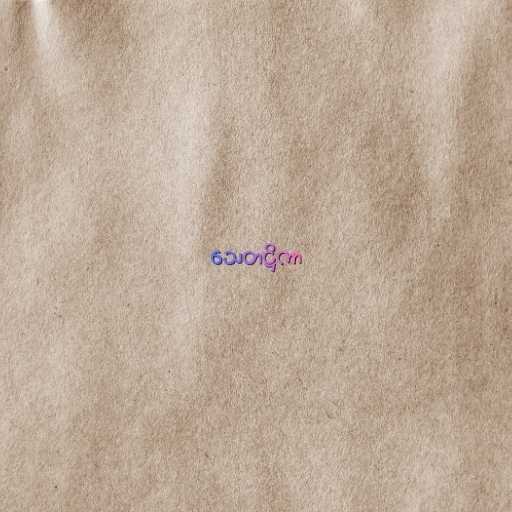
သေတဋ္ဌိကာ